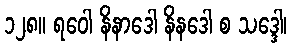
၁၂၈။ ရဝေါ နိနာဒေါ နိနဒေါ စ သဒ္ဒေါ၊